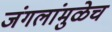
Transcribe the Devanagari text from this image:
जंगलांमुळेच